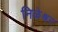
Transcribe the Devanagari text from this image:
निळेश्वर